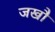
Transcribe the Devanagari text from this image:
जखौ